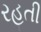
રહતી